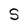
Character: S